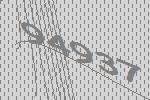
94937